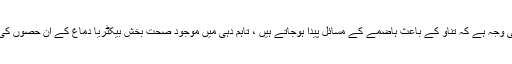
کیلیفورنیا یونیورسٹی کی 2013 کی ایک تحقیق کے مطابق معدے تک دماغی سگنل جاتے ہیں اور یہی وجہ ہے کہ تناؤ کے باعث ہاضمے کے مسائل پیدا ہوجاتے ہیں ، تاہم دہی میں موجود صحت بخش بیکٹریا دماغ کے ان حصوں کی سرگرمیاں کم کردیتے ہیں جو کہ جذبات کو کنٹرول کرتے ہیں جس سے ذہنی تناؤ بھی کم ہوجاتا ہے۔